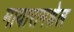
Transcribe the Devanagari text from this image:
मायारामशेल